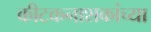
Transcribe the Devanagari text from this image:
कीटकनाशकांच्या